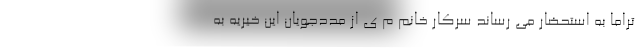
تراماً به استحضار می رساند سرکار خانم م ی از مددجویان این خیریه به